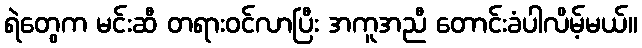
ရဲတွေက မင်းဆီ တရားဝင်လာပြီး အကူအညီ တောင်းခံပါလိမ့်မယ်။